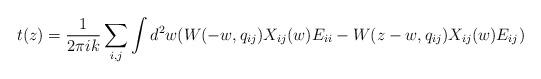
LaTeX: \begin{align*}t(z)=\frac1{2\pi ik}\sum_{i,j}\int d^2 w ( W(-w,q_{ij})X_{ij}(w)E_{ii}-W(z-w,q_{ij})X_{ij}(w)E_{ij} )\end{align*}